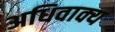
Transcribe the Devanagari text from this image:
अधिवाक्य